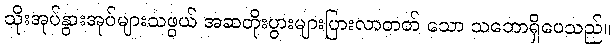
သိုးအုပ်နွားအုပ်များသဖွယ် အဆတိုးပွားများပြားလာတတ် သော သဘောရှိပေသည်။